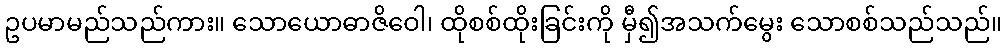
ဥပမာမည်သည်ကား။ သောယောဓာဇိဝေါ၊ ထိုစစ်ထိုးခြင်းကို မှီ၍အသက်မွေး သောစစ်သည်သည်။